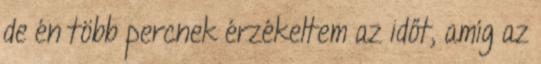
de én több percnek érzékeltem az időt, amíg az